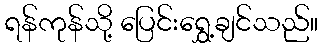
ရန်ကုန်သို့ ပြေင်းရွှေ့ချင်သည်။